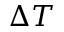
\Delta T